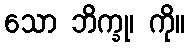
သော ဘိက္ခု၊ ကို။